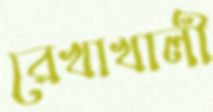
রেখাখালী